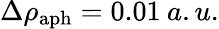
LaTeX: \Delta\rho_{\mathrm{aph}}=0.01\: a.u.